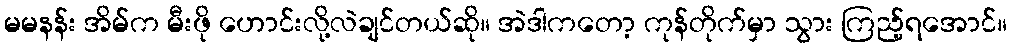
မမနန်း အိမ်က မီးဖို ဟောင်းလို့လဲချင်တယ်ဆို။ အဲဒါကတော့ ကုန်တိုက်မှာ သွား ကြည့်ရအောင်။